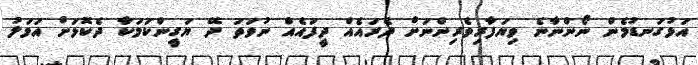
އަޅުގަނޑުމެން ނޯންނާނެ ވިޔަފާރިވެރިންނަށް ދެރައެއް ދީފައެއް ނުވަތަ ދޭ ޔަގީންކަމަކާ ދެކޮޅަށް އަމަލު